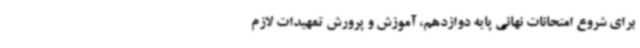
برای شروع امتحانات نهائی پایه دوازدهم، آموزش و پرورش تمهیدات لازم